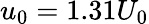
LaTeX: u_{0}=1.31U_{0}